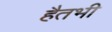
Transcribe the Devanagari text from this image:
हैतभी